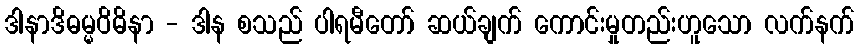
ဒါနာဒိဓမ္မဝိဓိနာ - ဒါန စသည် ပါရမီတော် ဆယ်ချက် ကောင်းမှုတည်းဟူသော လက်နက်